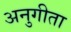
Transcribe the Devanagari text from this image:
अनुगीता